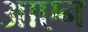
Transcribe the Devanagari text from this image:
आएन